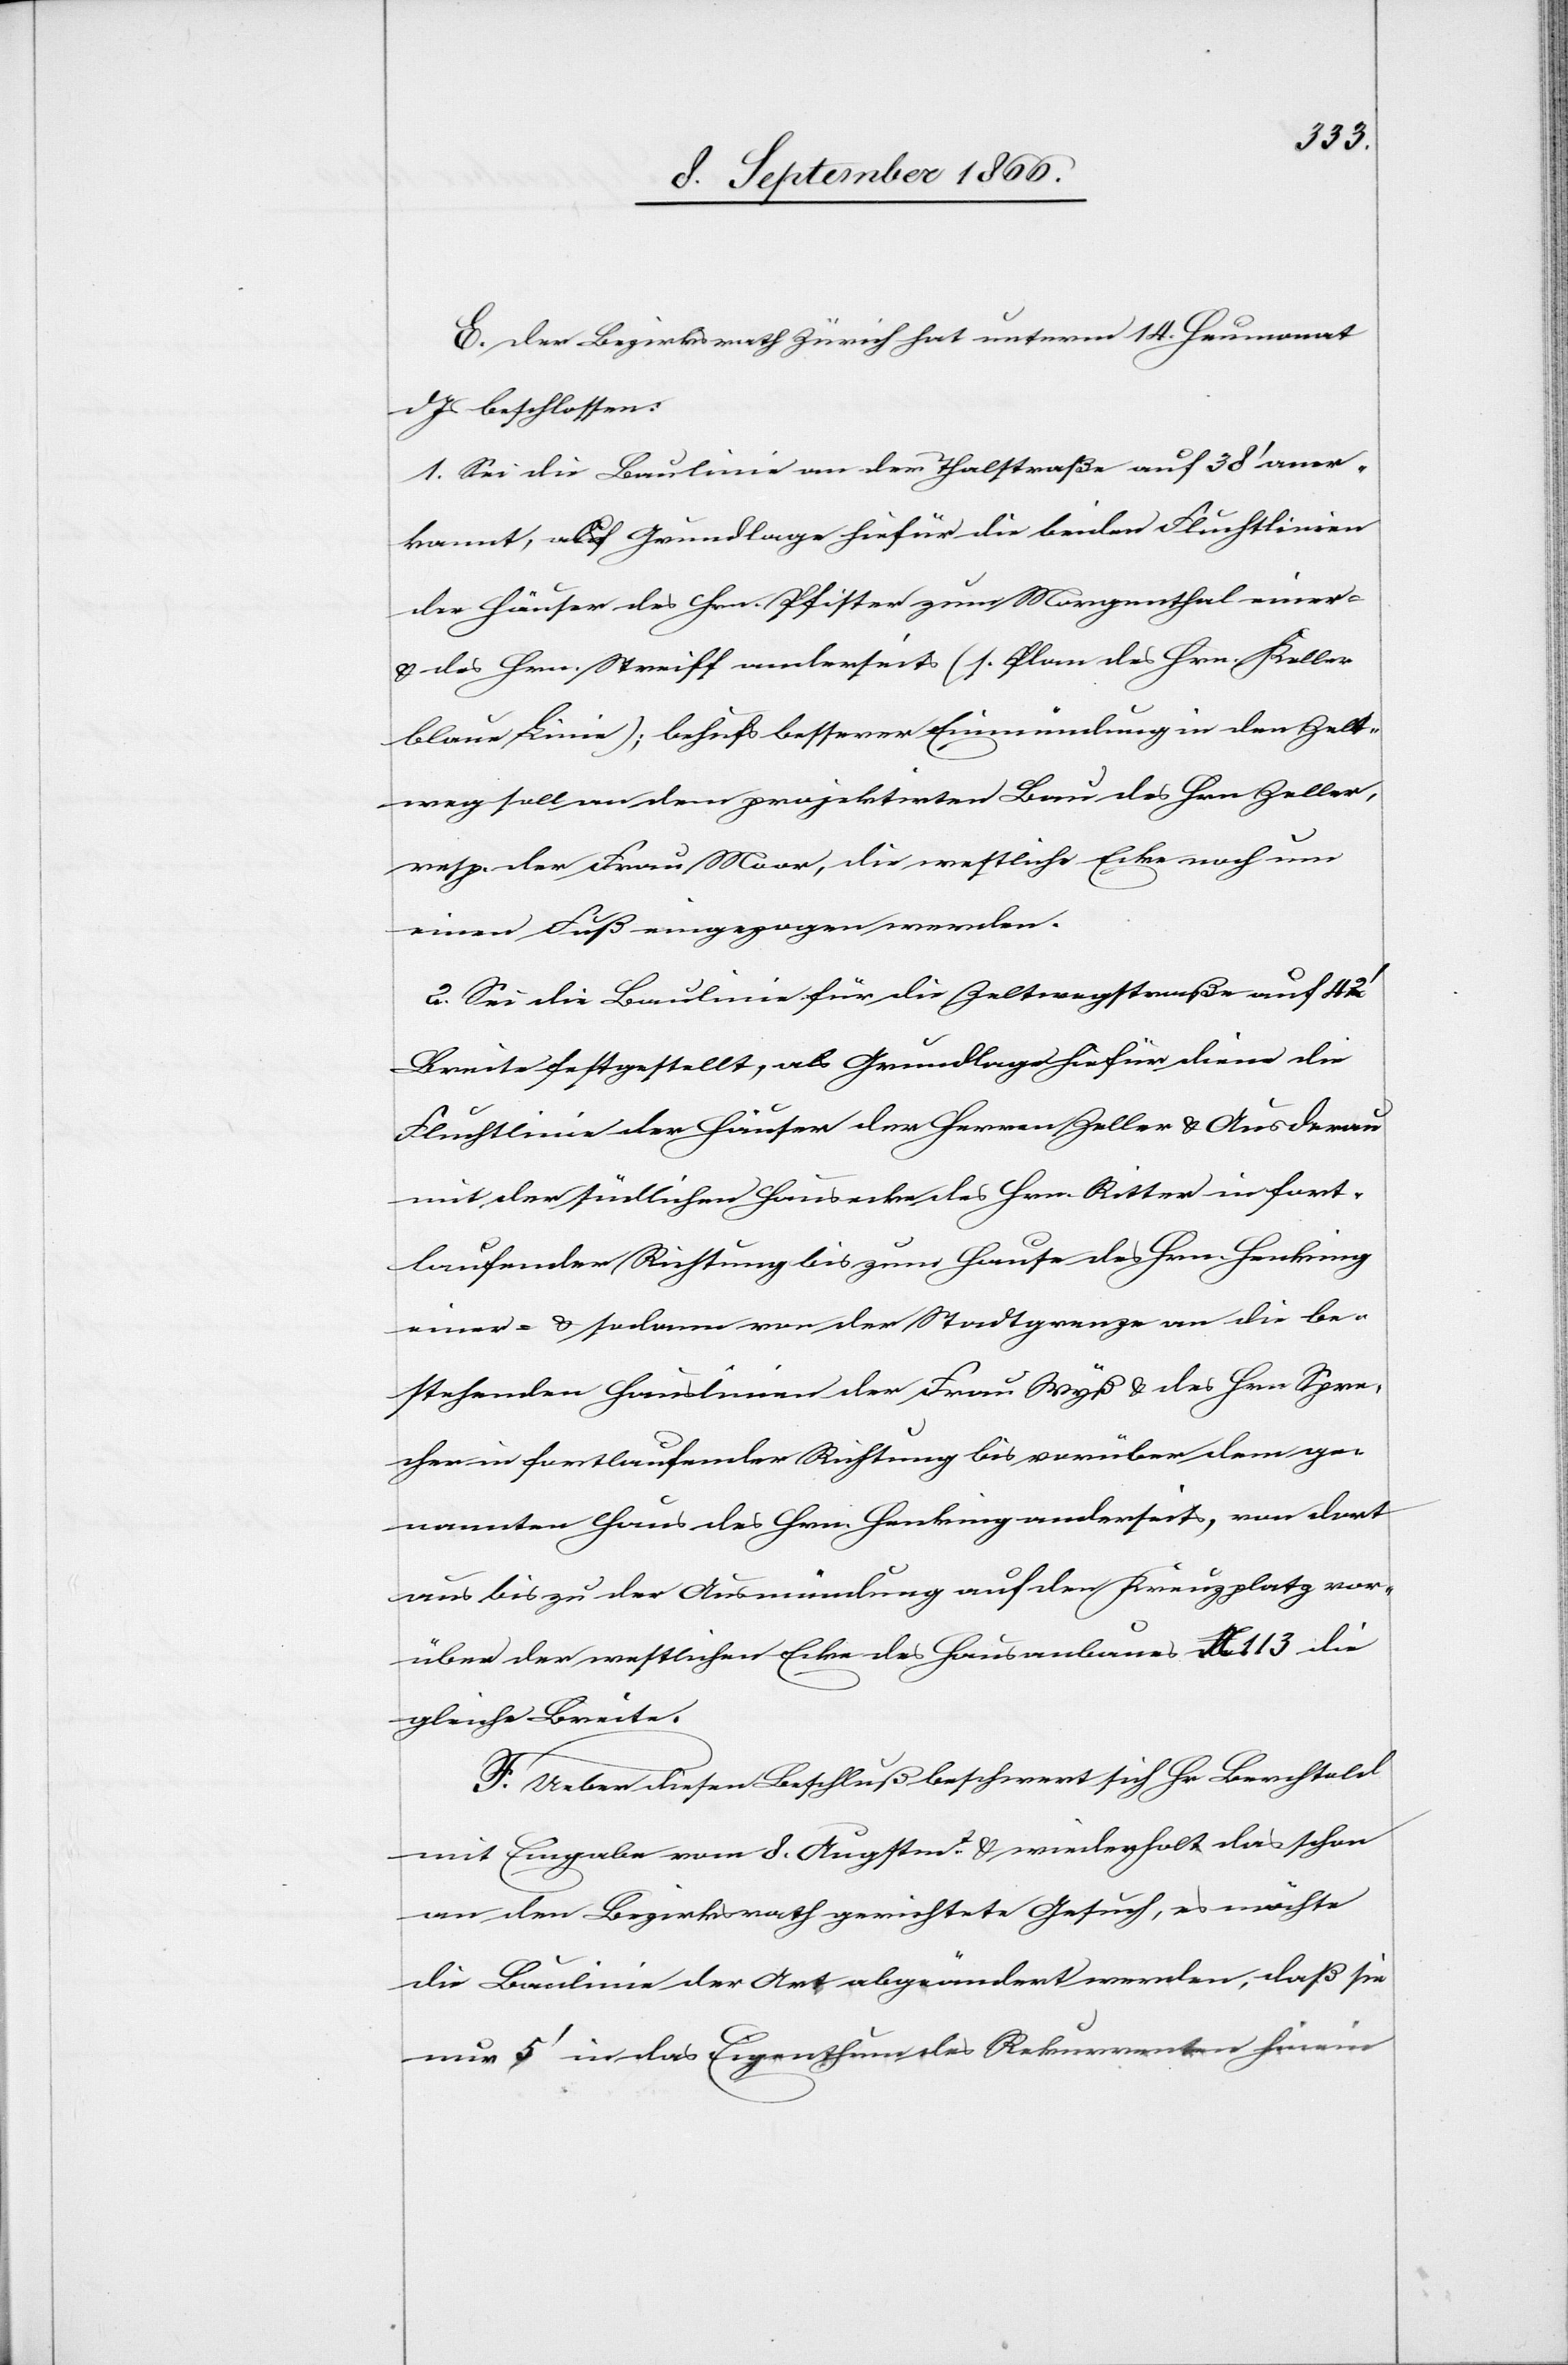
E. Der Bezirksrath Zürich hat unterm 14. Heumonat
dJs. beschlossen:
1. Sei die Baulinie an der Thalstraße auf 38‘ aner¬
kannt, als Grundlage hiefür die beiden Fluchtlinien
der Häuser des Hrn. Pfister zum Morgenthal einer-
u. des Hrn. Streiff anderseits (s. Plan des Hrn. Keller
blaue Linie); behufs besserer Einmündung in den Zelt¬
weg soll an dem projektirten Bau des Hrn. Zeller
resp. der Frau Moor, die westliche Ecke noch um
einen Fuß eingezogen werden.
2. Sei die Baulinie für die Zeltwegstraße auf 42‘
Breite festgestellt, als Grundlage hiefür diene die
Fluchtlinie der Häuser der Herren Zeller u. Ausderau
mit der südlichen Hausecke des Hrn. Ritter in fort¬
laufender Richtung bis zum Hause des Hrn. Henking
einer- u. sodann von der Stadtgrenze an die be¬
stehenden Hauslinien der Frau Wyß u. des Hrn. Spre¬
cher in fortlaufender Richtung bis vorüber dem ge¬
nannten Haus des Hrn. Henking anderseits, von dort
aus bis zu der Ausmündung auf den Kreuzplatz vor¬
über der westlichen Ecke des Hausanbaues No. 113 die
gleiche Breite.
F. Ueber diesen Beschluß beschwert sich Hr. Berchtold
mit Eingabe vom 8. Augustm. u. wiederholt das schon
an den Bezirksrath gerichtete Gesuch, es möchte
die Baulinie der Art abgeändert werden, daß sie
nur 5‘ in das Eigenthum des Rekurrenten hinein